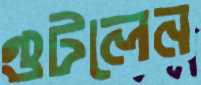
গুটলেন